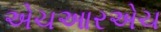
એચઆરએચ